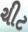
ચીટ